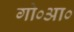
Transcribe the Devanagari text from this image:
गो०आ०